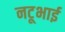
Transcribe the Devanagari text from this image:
नटूभाई